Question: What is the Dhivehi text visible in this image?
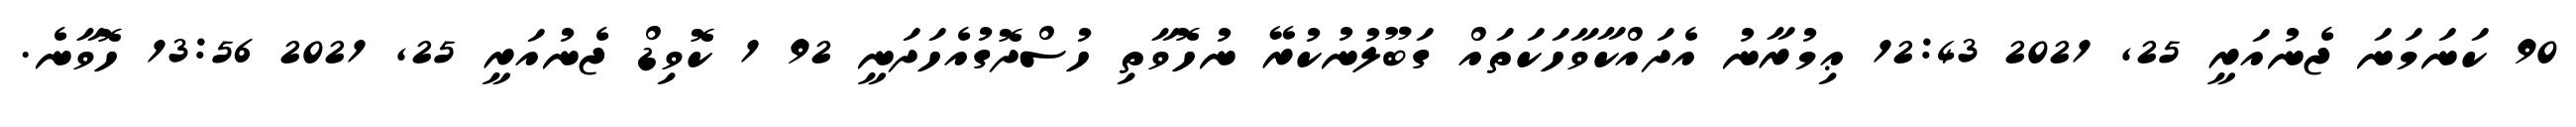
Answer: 90 ކަނަމަނަ ޖެނުއަރީ 25, 2021 12:43 ޢިމުރާނު އެދައްކާވާހަކަތައް ގަބޫލުނުކުރޭ ނުހޮވާތި ހުސްދޮގުއެހަދަނީ 92 1 ކޮވިޑް ޖެނުއަރީ 25, 2021 13:56 ހޮވާނެ.